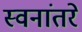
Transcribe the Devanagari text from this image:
स्वनांतरे